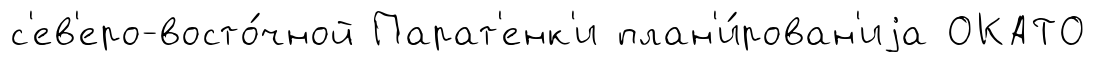
с'ев'еро-восто́чной Парат'енк'и план'и́рован'иjа ОКАТО